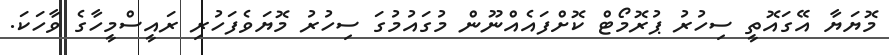
މޮޔަޔާ އޭގައޮތީ ސިހުރު ޕުރޮމޯޓް ކޮށްފައެއްނޫން މުގައުމުގަ ސިހުރު މޮޔަވެފަހުރި ރައީސްމީހާގެ ވާހަކަ.